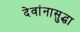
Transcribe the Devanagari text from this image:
देवांनासुद्धा